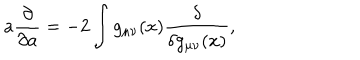
a { \frac { \partial } { \partial a } } = - 2 \int g _ { \mu \nu } ( x ) { \frac { \delta } { \delta g _ { \mu \nu } ( x ) } } ,